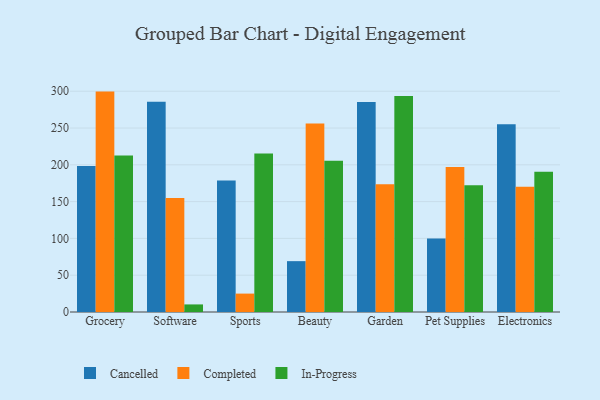
{"axis": {"x": "Category", "y": "Waste Production (Tons)"}, "legend": ["Cancelled", "Completed", "In-Progress"], "data": [{"x": "Grocery", "y": 198.3, "type": "Cancelled"}, {"x": "Grocery", "y": 299.5, "type": "Completed"}, {"x": "Grocery", "y": 212.8, "type": "In-Progress"}, {"x": "Software", "y": 285.7, "type": "Cancelled"}, {"x": "Software", "y": 154.9, "type": "Completed"}, {"x": "Software", "y": 10.3, "type": "In-Progress"}, {"x": "Sports", "y": 178.8, "type": "Cancelled"}, {"x": "Sports", "y": 25.0, "type": "Completed"}, {"x": "Sports", "y": 215.4, "type": "In-Progress"}, {"x": "Beauty", "y": 69.1, "type": "Cancelled"}, {"x": "Beauty", "y": 256.0, "type": "Completed"}, {"x": "Beauty", "y": 205.4, "type": "In-Progress"}, {"x": "Garden", "y": 285.5, "type": "Cancelled"}, {"x": "Garden", "y": 173.6, "type": "Completed"}, {"x": "Garden", "y": 293.6, "type": "In-Progress"}, {"x": "Pet Supplies", "y": 99.8, "type": "Cancelled"}, {"x": "Pet Supplies", "y": 197.0, "type": "Completed"}, {"x": "Pet Supplies", "y": 172.3, "type": "In-Progress"}, {"x": "Electronics", "y": 255.1, "type": "Cancelled"}, {"x": "Electronics", "y": 170.2, "type": "Completed"}, {"x": "Electronics", "y": 190.5, "type": "In-Progress"}]}